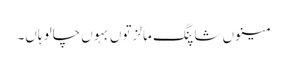
مینوں شاپنگ مالز توں بہوں چالو ہاں۔